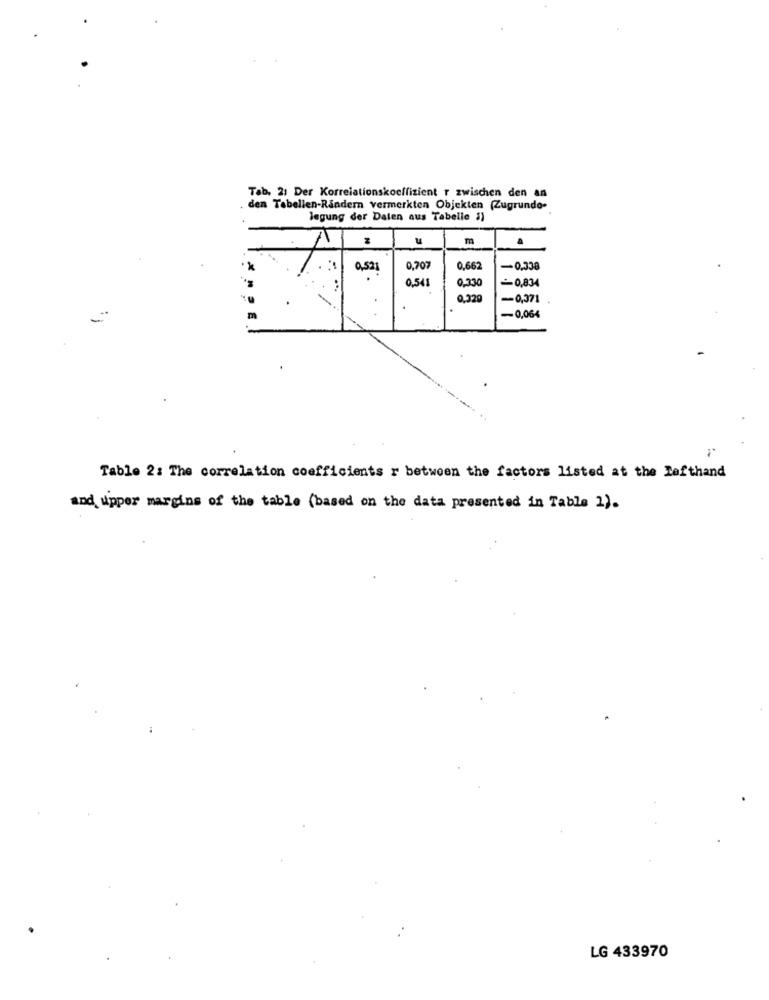
Tab. 21 Der Korrelationskoeffizient r zwischen den an
den Tabellen-Rindern vermerkten Objekten (Zugrunde-
legung der Daten aus Tabelle $)
m
0,52
0,707
0,662
-0,338
0,541
-0,834
2,330
2.329
-0,371
-0,064
Table 2: The correlation coefficients r between the factors listed at the Lefthand
and upper margins of the table (based on the data presented in Table 2).
LG 433970